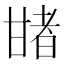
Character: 𤯈